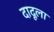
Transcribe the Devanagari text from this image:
दादूला